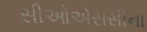
સીઓએસસીના